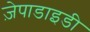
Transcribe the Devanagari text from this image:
ज़ेपाडाइडी